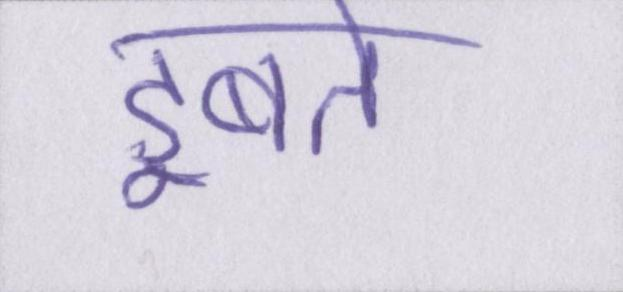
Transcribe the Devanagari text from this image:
डूबते